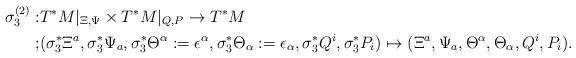
LaTeX: \begin{align*}\sigma_{3}^{(2)}:&T^{*}M|_{\Xi,\Psi}\times T^{*}M|_{Q,P}\rightarrow T^{*}M\\;&(\sigma_{3}^{*}\Xi^{a},\sigma_{3}^{*}\Psi_{a},\sigma_{3}^{*}\Theta^{\alpha}:=\epsilon^{\alpha},\sigma_{3}^{*}\Theta_{\alpha}:=\epsilon_{\alpha},\sigma_{3}^{*}Q^{i},\sigma_{3}^{*}P_{i})\mapsto (\Xi^{a},\Psi_{a},\Theta^{\alpha},\Theta_{\alpha},Q^{i},P_{i}).\end{align*}